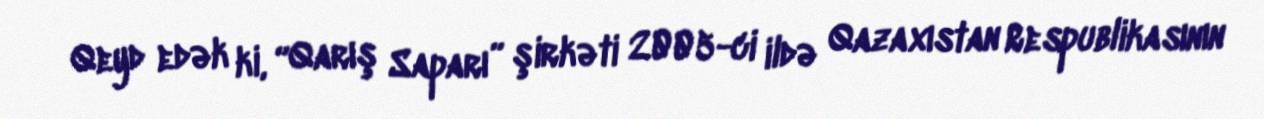
Qeyd edək ki, “Qarış Saparı” şirkəti 2005-ci ildə Qazaxıstan Respublikasının